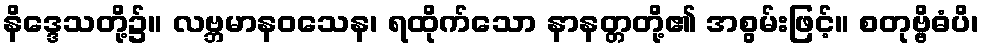
နိဒ္ဒေသတို့၌။ လဗ္ဘမာနဝသေန၊ ရထိုက်သော နာနတ္တတို့၏ အစွမ်းဖြင့်။ စတုဗ္ဗိဓံပိ၊